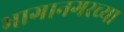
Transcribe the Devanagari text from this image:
भागानगरच्या